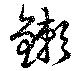
鏉